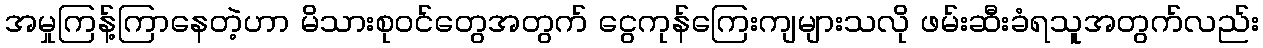
အမှုကြန့်ကြာနေတဲ့ဟာ မိသားစုဝင်တွေအတွက် ငွေကုန်ကြေးကျများသလို ဖမ်းဆီးခံရသူအတွက်လည်း